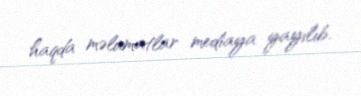
haqda məlumatlar mediaya yayılıb.